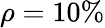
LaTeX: \rho=10\%